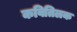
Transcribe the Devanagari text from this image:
कवितिलक